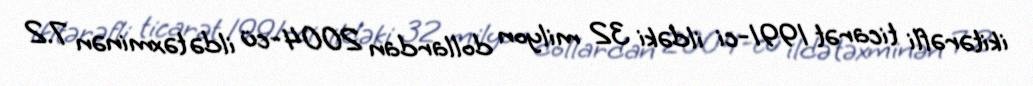
ikitərəfli ticarət 1991-ci ildəki 32 milyon dollardan 2004-cü ildə təxminən 7.2